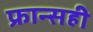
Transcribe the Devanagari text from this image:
फ्रान्सही